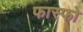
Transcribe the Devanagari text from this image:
फास्फो